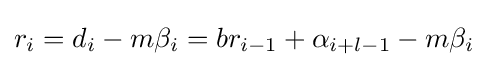
r_{i}=d_{i}-m\beta _{i}=br_{i-1}+\alpha _{i+l-1}-m\beta _{i}